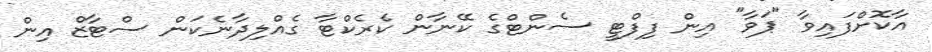
އާކޮށްފައިވާ "ޕަވާ" އިން ފިފްޓީ ސެންޓްގެ ކޭނާން ކެރެކްޓާ ގެއްލިދާނެކަން ސްޓާޒް އިން